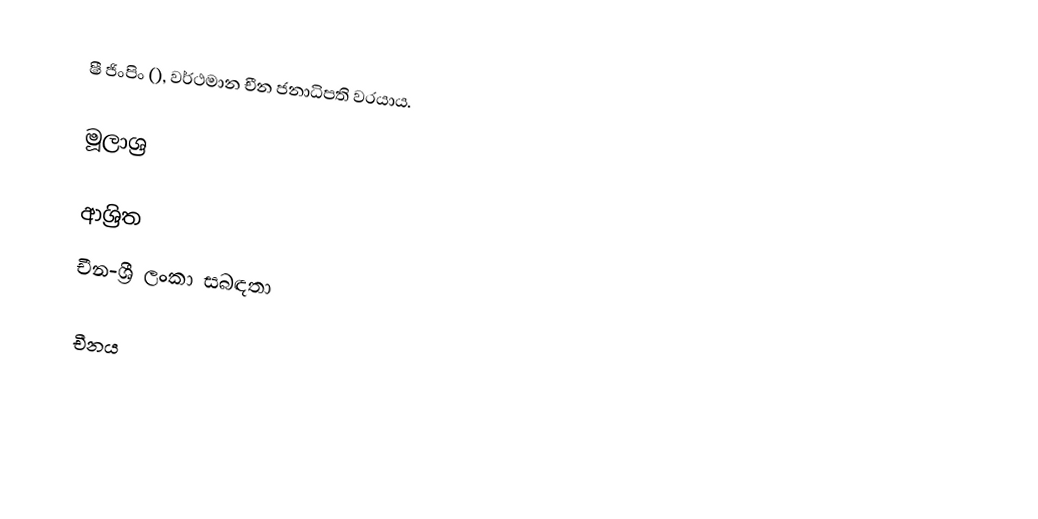
ෂී ජිංපිං (), වර්ථමාන චීන ජනාධිපති වරයාය.

මූලාශ්‍ර

ආශ්‍රිත
 චීන-ශ්‍රී ලංකා සබඳතා

චීනය